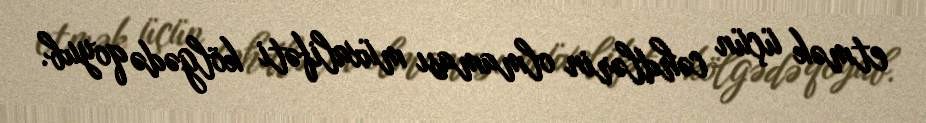
etmək üçün cəhdlərin olmaması müxalifəti kölgədə qoyub.